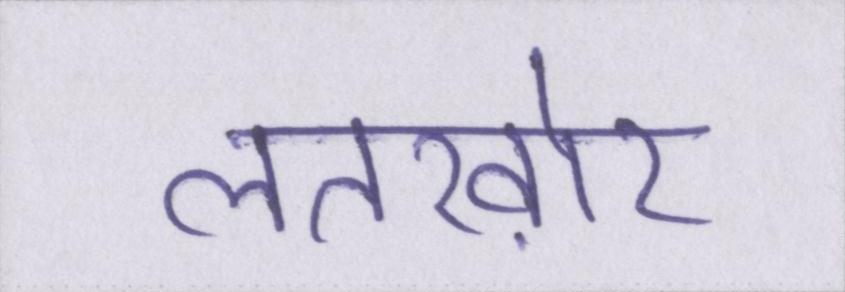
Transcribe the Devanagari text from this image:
लतख़ोर